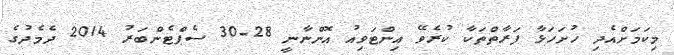
މިކަމަށްއެދި ހުށަހަޅާ ފަރާތްތަކާ ކުރެވޭ އިންޓަވިއު އޮންނާނީ 28-30 ސެޕްޓެންބަރު 2014 ދެމެދުގެ